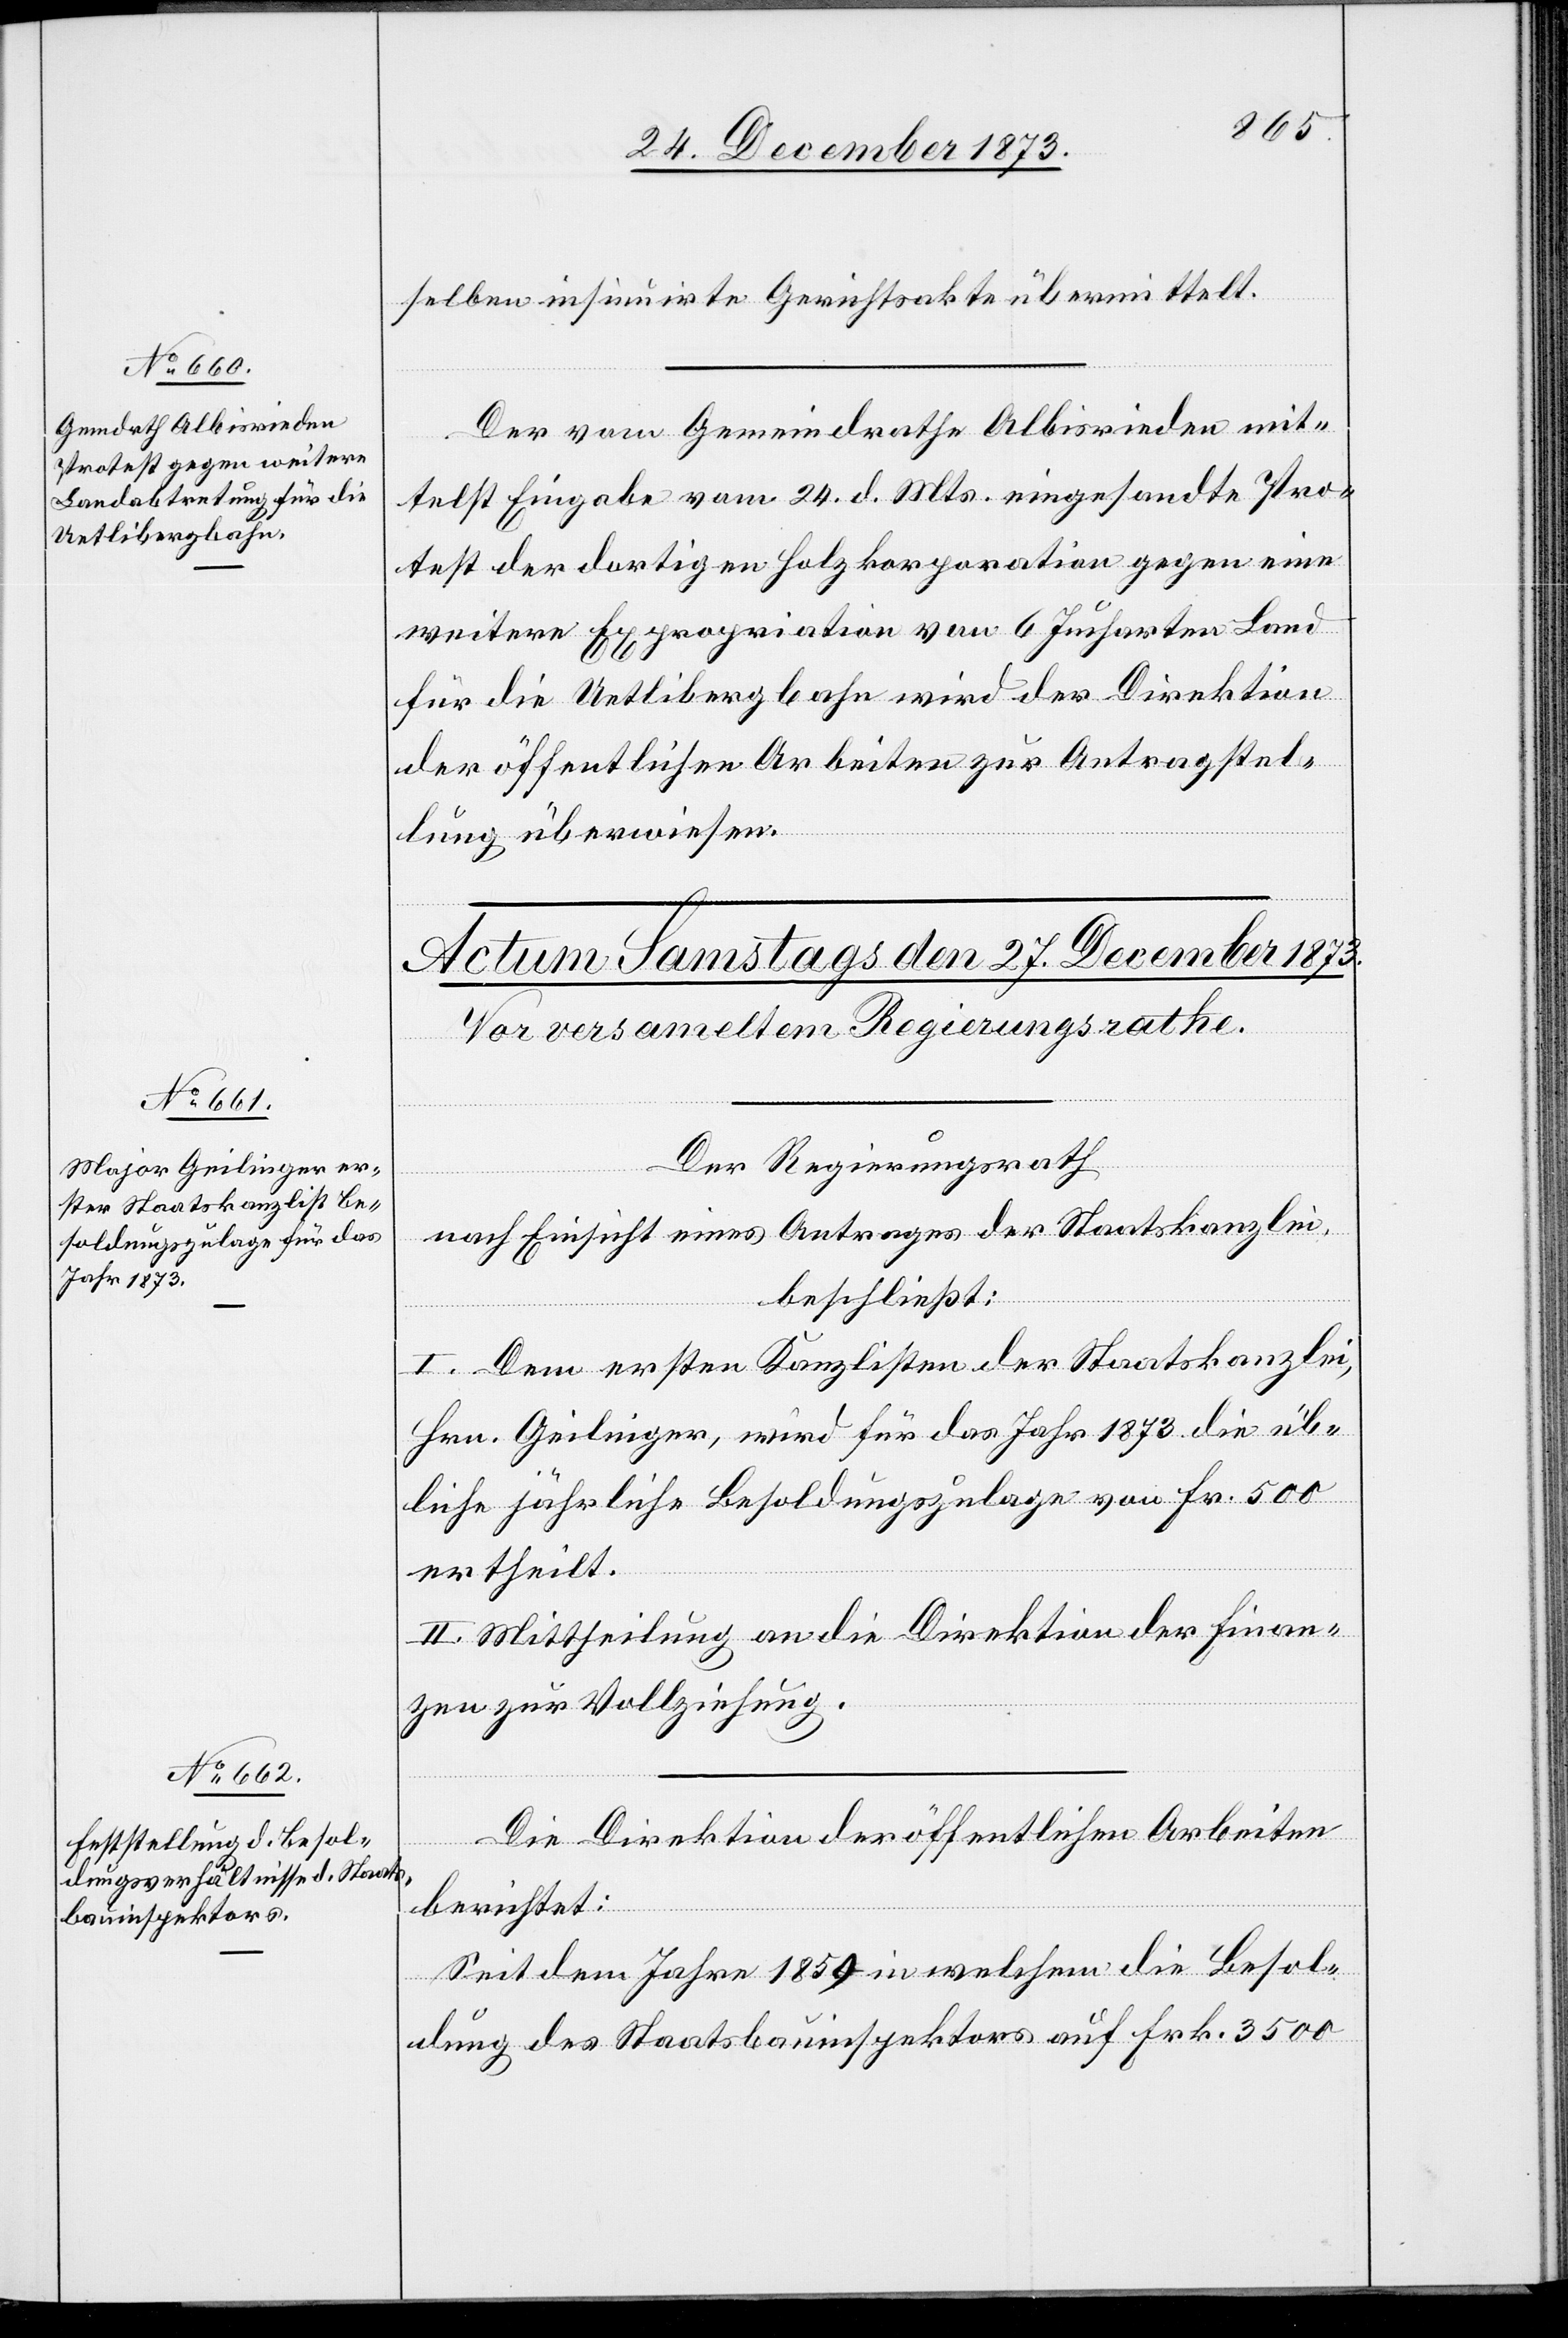
26. December 1873.]
selben insinuirte Gerichtsakte übermittelt.
Der vom Gemeindrathe Albisrieden mit¬
telst Eingabe vom 24. d. Mts. eingesandte Pro¬
test der dortigen Holzkorporation gegen eine
weitere Expropriation von 6 Jucharten Land
für die Uetlibergbahn wird der Direktion
der öffentlichen Arbeiten zur Antragstel¬
lung überwiesen.
Der Regierungsrath
nach Einsicht eines Antrages der Staatskanzlei,
beschließt:
I. Dem ersten Kanzlisten der Staatskanzlei,
Hrn. Geilinger, wird für das Jahr 1873 die üb¬
liche jährliche Besoldungszulage von Fr. 500
ertheilt.
II. Mittheilung an die Direktion der Finan¬
zen zur Vollziehung.
Die Direktion der öffentlichen Arbeiten
berichtet:
Seit dem Jahre 1859 in welchem die Besol¬
dung des Staatsbauinspektors auf Fr. 3 500